Vaccination in Burma 1920-1933 - 1920-1933
Year: 1920
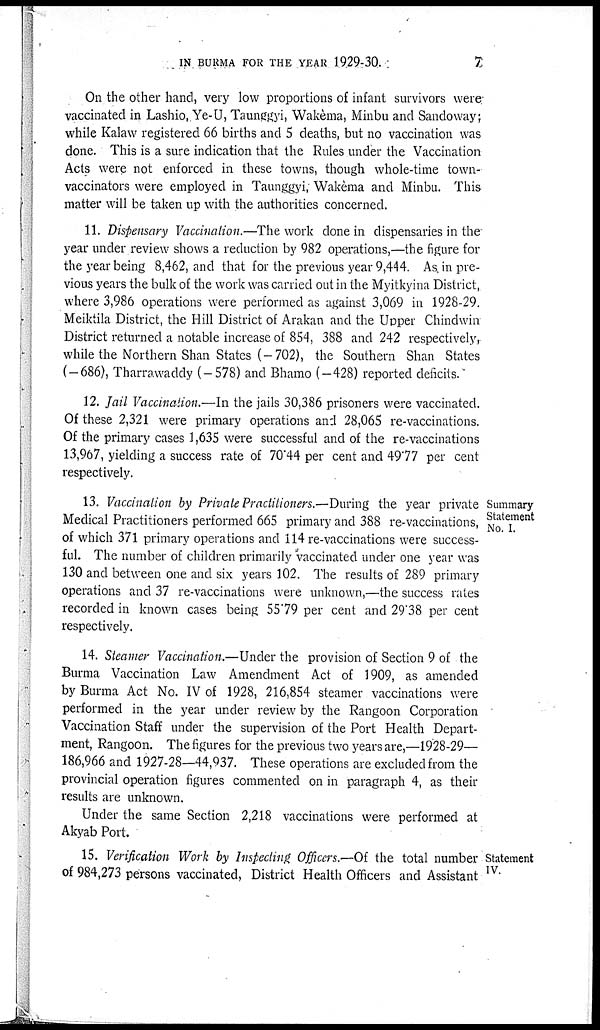
IN BURMA FOR THE YEAR 1929-30.
7
On the other hand, very low proportions of infant survivors were
vaccinated in Lashio, Ye-U, Taunggyi, Wakèma, Minbu and Sandoway;
while Kalaw registered 66 births and 5 deaths, but no vaccination was
done. This is a sure indication that the Rules under the Vaccination
Acts were not enforced in these towns, though whole-time town-
vaccinators were employed in Taunggyi, Wakèma and Minbu. This
matter will be taken up with the authorities concerned.
11. Dispensary Vaccination.—The work done in dispensaries in the
year under review shows a reduction by 982 operations,—the figure for
the year being 8,462, and that for the previous year 9,444. As. in pre-
vious years the bulk of the work was carried out in the Myitkyina District,
where 3,986 operations were performed as against 3,069 in 1928-29.
Meiktila District, the Hill District of Arakan and the Upper Chindwin
District returned a notable increase of 854, 388 and 242 respectively,
while the Northern Shan States (-702), the Southern Shan States
(-686), Tharrawaddy (-578) and Bhamo (-428) reported deficits.
12. Jail Vaccination.—In the jails 30,386 prisoners were vaccinated.
Of these 2,321 were primary operations and 28,065 re-vaccinations.
Of the primary cases 1,635 were successful and of the re-vaccinations
13,967, yielding a success rate of 70.44 per cent and 49.77 per cent
respectively.
Summary
Statement
No. I.
13. Vaccination by Private Practitioners.—During the year private
Medical Practitioners performed 665 primary and 388 re-vaccinations,
of which 371 primary operations and 114 re-vaccinations were success-
ful. The number of children primarily vaccinated under one year was
130 and between one and six years 102. The results of 289 primary
operations and 37 re-vaccinations were unknown,—the success rates
recorded in known cases being 55.79 per cent and 29.38 per cent
respectively.
14. Steamer Vaccination.—Under the provision of Section 9 of the
Burma Vaccination Law Amendment Act of 1909, as amended
by Burma Act No. IV of 1928, 216,854 steamer vaccinations were
performed in the year under review by the Rangoon Corporation
Vaccination Staff under the supervision of the Port Health Depart-
ment, Rangoon. The figures for the previous two years are,—1928-29—
186,966 and 1927-28—44,937. These operations are excluded from the
provincial operation figures commented on in paragraph 4, as their
results are unknown.
Under the same Section 2,218 vaccinations were performed at
Akyab Port.
Statement
IV.
15. Verification Work by Inspecting Officers.—Of the total number
of 984,273 persons vaccinated, District Health Officers and Assistant